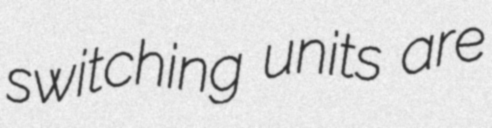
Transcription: switching units are